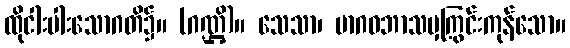
ထိုငါးပါးသောဂတိ၌။ (ဂဏ္ဌိ)။ သေသာ၊ မာဂဓဘာသမှကြွင်းကုန်သော။